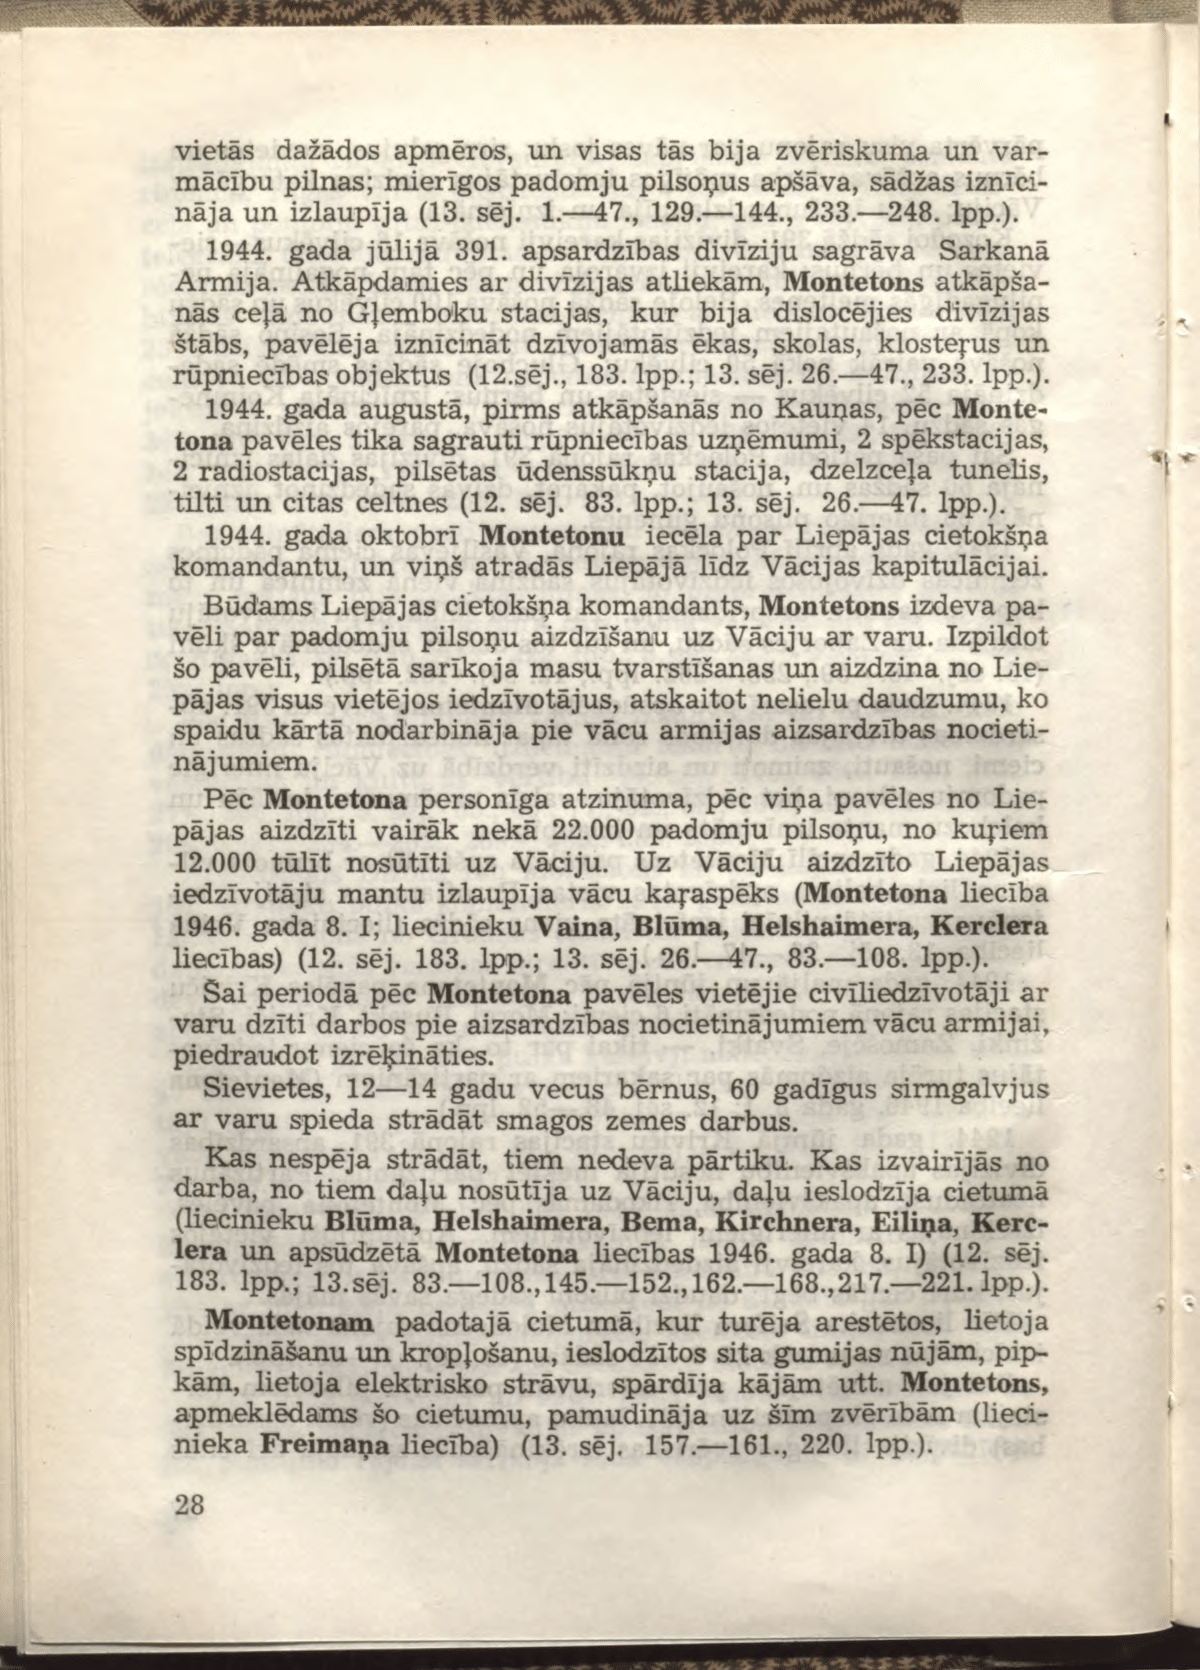
Language: lv